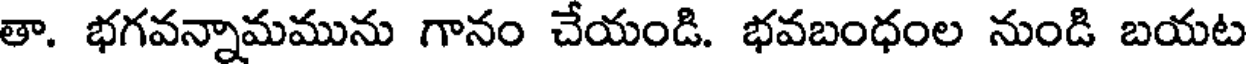
తా. భగవన్నామమును గానం చేయండి. భవబంధంల నుండి బయట